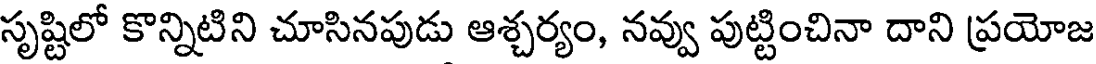
సృష్టిలో కొన్నిటిని చూసినపుడు ఆశ్చర్యం, నవ్వు పుట్టించినా దాని ప్రయోజ